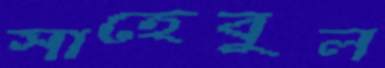
সাহেবুল